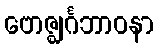
ဗောဇ္ဈင်္ဂဘာဝနာ